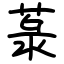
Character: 菉